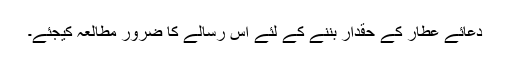
دعائے عطار کے حقدار بننے کے لئے اس رسالے کا ضرور مطالعہ کیجئے۔